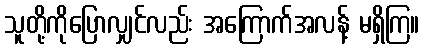
သူတို့ကိုပြောလျှင်လည်း အကြောက်အလန့် မရှိကြ။